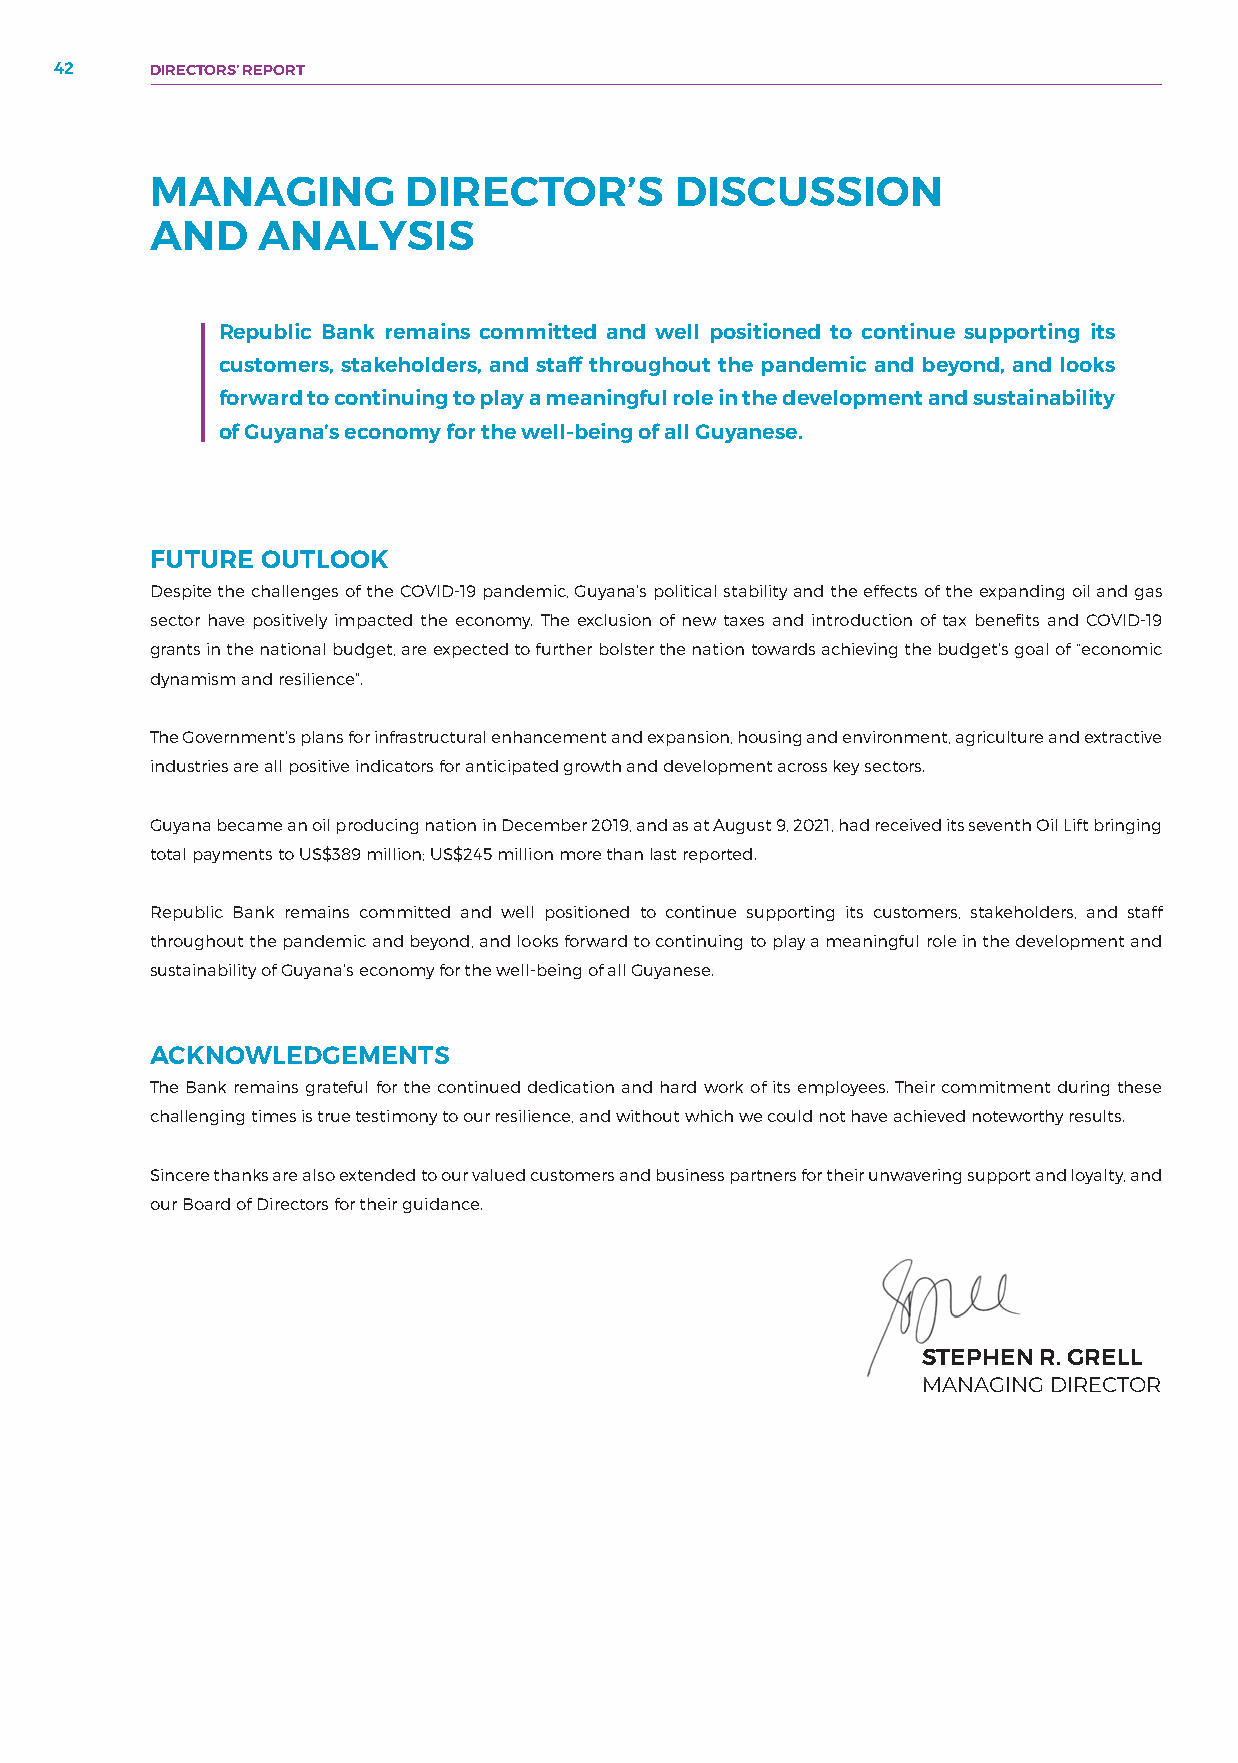
42    DIRECTORS’ REPORT
 MANAGING         DIRECTOR’S        DISCUSSION
 AND    ANALYSIS
 Republic Bank remains committed and well positioned to continue supporting its
 customers, stakeholders, and staff throughout the pandemic and beyond, and looks
 forward to continuing to play a meaningful role in the development and sustainability
 of Guyana’s economy for the well-being of all Guyanese.
 FUTURE OUTLOOK
 Despite the challenges of the COVID-19 pandemic, Guyana’s political stability and the effects of the expanding oil and gas
 sector have positively impacted the economy. The exclusion of new taxes and introduction of tax benefits and COVID-19
 grants in the national budget, are expected to further bolster the nation towards achieving the budget’s goal of “economic
 dynamism and resilience”.
 The Government’s plans for infrastructural enhancement and expansion, housing and environment, agriculture and extractive
 industries are all positive indicators for anticipated growth and development across key sectors.
 Guyana became an oil producing nation in December 2019, and as at August 9, 2021, had received its seventh Oil Lift bringing
 total payments to US$389 million; US$245 million more than last reported.
 Republic Bank remains committed and well positioned to continue supporting its customers, stakeholders, and staff
 throughout the pandemic and beyond, and looks forward to continuing to play a meaningful role in the development and
 sustainability of Guyana’s economy for the well-being of all Guyanese.
 ACKNOWLEDGEMENTS
 The Bank remains grateful for the continued dedication and hard work of its employees. Their commitment during these
 challenging times is true testimony to our resilience, and without which we could not have achieved noteworthy results.
 Sincere thanks are also extended to our valued customers and business partners for their unwavering support and loyalty, and
 our Board of Directors for their guidance.
 STEPHEN R. GRELL
 MANAGING DIRECTOR